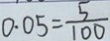
0 . 0 5 = \frac { 5 } { 1 0 0 }